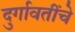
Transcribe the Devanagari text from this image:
दुर्गावतींचे